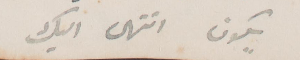
يكون انتهى اليك+